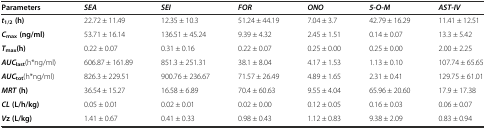
<table><thead><tr><td><b>Parameters</b></td><td><b><i>SEA</i></b></td><td><b><i>SEI</i></b></td><td><b><i>FOR</i></b></td><td><b><i>ONO</i></b></td><td><b><i>5-O-M</i></b></td><td><b><i>AST-IV</i></b></td></tr></thead><tbody><tr><td><b><i>t</i></b><sub>1/2</sub><b>(h)</b></td><td>22.72 ± 11.49</td><td>12.35 ± 10.3</td><td>51.24 ± 44.19</td><td>7.04 ± 3.7</td><td>42.79 ± 16.29</td><td>11.41 ± 12.51</td></tr><tr><td><b><i>C</i></b><sub>max</sub><b>(ng/ml)</b></td><td>53.71 ± 16.14</td><td>136.51 ± 45.24</td><td>9.39 ± 4.32</td><td>2.45 ± 1.51</td><td>0.14 ± 0.07</td><td>13.3 ± 5.42</td></tr><tr><td><b><i>T</i></b><sub>max</sub><b>(h)</b></td><td>0.22 ± 0.07</td><td>0.31 ± 0.16</td><td>0.22 ± 0.07</td><td>0.25 ± 0.00</td><td>0.25 ± 0.00</td><td>2.00 ± 2.25</td></tr><tr><td><b><i>AUC</i></b><sub>last</sub>(h*ng/ml)</td><td>606.87 ± 161.89</td><td>851.3 ± 251.31</td><td>38.1 ± 8.04</td><td>4.17 ± 1.53</td><td>1.13 ± 0.10</td><td>107.74 ± 65.65</td></tr><tr><td><b><i>AUC</i></b><sub>tot</sub>(h*ng/ml)</td><td>826.3 ± 229.51</td><td>900.76 ± 236.67</td><td>71.57 ± 26.49</td><td>4.89 ± 1.65</td><td>2.31 ± 0.41</td><td>129.75 ± 61.01</td></tr><tr><td><b><i>MRT</i></b><b>(h)</b></td><td>36.54 ± 15.27</td><td>16.58 ± 6.89</td><td>70.4 ± 60.63</td><td>9.55 ± 4.04</td><td>65.96 ± 20.60</td><td>17.9 ± 17.38</td></tr><tr><td><b><i>CL</i></b><b>(L/h/kg)</b></td><td>0.05 ± 0.01</td><td>0.02 ± 0.01</td><td>0.02 ± 0.00</td><td>0.12 ± 0.05</td><td>0.16 ± 0.03</td><td>0.06 ± 0.07</td></tr><tr><td><b><i>V</i></b><b>z (L/kg)</b></td><td>1.41 ± 0.67</td><td>0.41 ± 0.33</td><td>0.98 ± 0.43</td><td>1.12 ± 0.83</td><td>9.38 ± 2.09</td><td>0.83 ± 0.94</td></tr></tbody></table>